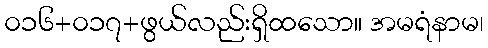
၀၁၆+၀၁၇+ဖွယ်လည်းရှိထသော။ အမရံနာမ၊